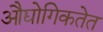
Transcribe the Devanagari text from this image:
औद्योगिकतेत